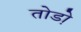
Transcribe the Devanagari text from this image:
तोडो़